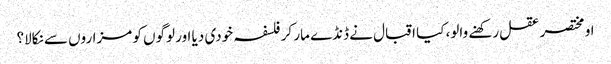
او مختصر عقل رکھنے والو، کیا اقبال نے ڈنڈے مار کر فلسفہ خودی دیا اور لوگوں کو مزاروں سے نکالا؟